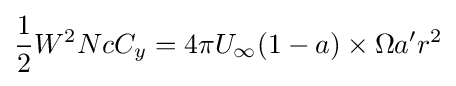
{\frac {1}{2}}W^{2}NcC_{y}=4\pi U_{\infty }(1-a)\times \Omega a'r^{2}